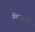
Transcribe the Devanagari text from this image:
मिरवणारे